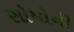
સોમોની